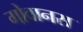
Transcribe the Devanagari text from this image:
गोवानस